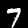
Digit: 7